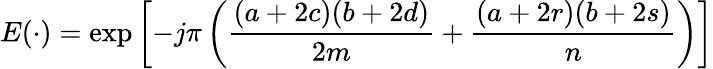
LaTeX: E(\cdot)=\exp\left[-j\pi\left({\frac{(a+2c)(b+2d)}{2m}}+{\frac{(a+2r)(b+2s)}{n}}\right)\right]